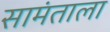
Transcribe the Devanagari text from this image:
सामंताला